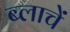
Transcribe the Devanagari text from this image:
ब्लाचें